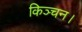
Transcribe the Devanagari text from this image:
किञ्चन।